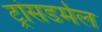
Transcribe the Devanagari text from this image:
ट्रांसडर्मल